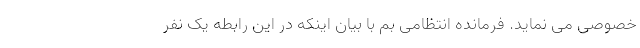
خصوصی می نماید. فرمانده انتظامی بم با بیان اینکه در این رابطه یک نفر